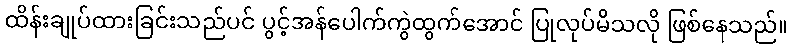
ထိန်းချုပ်ထားခြင်းသည်ပင် ပွင့်အန်ပေါက်ကွဲထွက်အောင် ပြုလုပ်မိသလို ဖြစ်နေသည်။